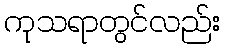
ကုသရာတွင်လည်း